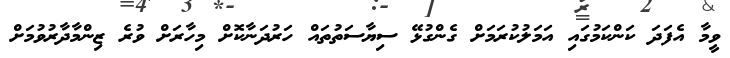
ވީމާ އެފަދަ ކަންކަމުގައި އަމަލުކުރަމަށް ގެންގުޅޭ ސިޔާސަތުތައް ހަރުދަނާކޮށް މިހާރަށް ވުރެ ޒިންމާދާރުވުމަށް